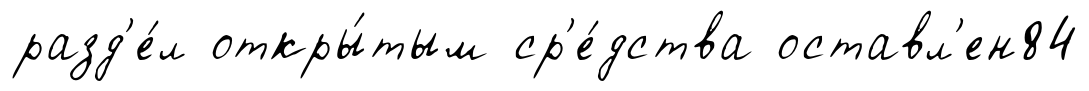
разд'е́л откры́тым ср'е́дства оставл'ен84